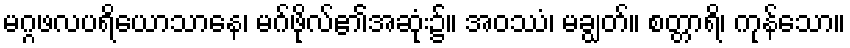
မဂ္ဂဖလပရိယောသာနေ၊ မဂ်ဖိုလ်၏အဆုံး၌။ အဝဿံ၊ မချွတ်။ စတ္တာရိ၊ ကုန်သော။